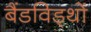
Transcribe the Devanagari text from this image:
बैंडविड्थों